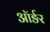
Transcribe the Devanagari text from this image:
ऑर्ङर